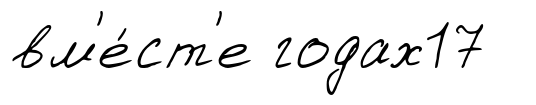
вм'е́ст'е годах17